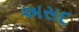
અસદ